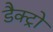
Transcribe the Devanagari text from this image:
डैक्ट्रो